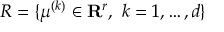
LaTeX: { \cal R } = \{ \mu ^ { ( k ) } \in \mathbf { R } ^ { r } , \ k = 1 , \ldots , d \}